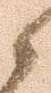
之